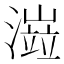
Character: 𤀆